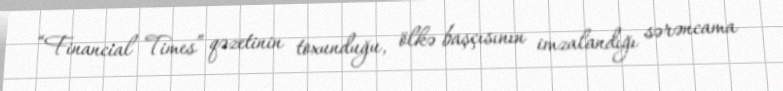
“Financial Times” qəzetinin toxunduğu, ölkə başçısının imzalandığı sərəncama